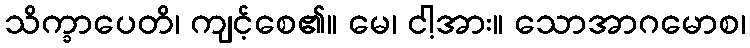
သိက္ခာပေတိ၊ ကျင့်စေ၏။ မေ၊ ငါ့အား။ သောအာဂမောစ၊